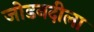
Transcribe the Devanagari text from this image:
जोडनदीला